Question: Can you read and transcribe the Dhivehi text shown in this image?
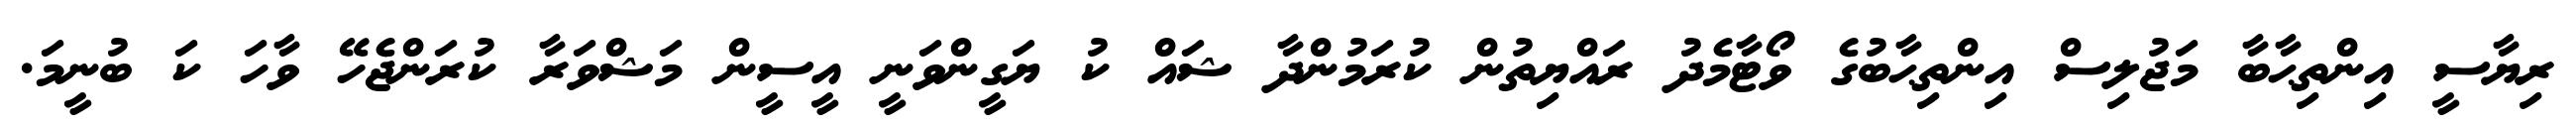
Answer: ރިޔާސީ އިންތިޙާބާ މަޖުލިސް އިންތިޙާބުގެ ވޯޓާމެދު ރައްޔިތުން ކުރަމުންދާ ޝައް ކު ޔަގީންވަނީ އީސީން މަޝްވަރާ ކުރަންޖެހޭ ވާހަ ކަ ބުނީމަ.